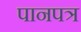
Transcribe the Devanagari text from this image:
पानपत्र